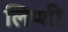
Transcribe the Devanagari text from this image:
लिप्शी